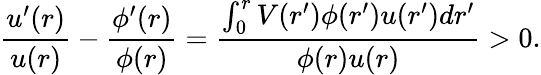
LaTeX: \frac{u^{\prime}(r)}{u(r)}-\frac{\phi^{\prime}(r)}{\phi(r)}=\frac{\int_{0}^{r}V(r^{\prime})\phi(r^{\prime})u(r^{\prime})dr^{\prime}}{\phi(r)u(r)}>0.